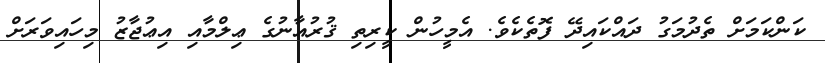
ކަންކަމަށް ތެދުމަގު ދައްކައިދޭ ފޮތެކެވެ. އެމީހުން ކީރިތި ޤުރުއާނުގެ ޢިލްމާއި އިޢުޖާޒު މިހައިވަރަށް